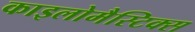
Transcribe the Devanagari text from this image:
काइलोमैस्टिक्स